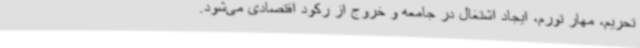
تحریم، مهار تورم، ایجاد اشتغال در جامعه و خروج از رکود اقتصادی می‌شود.